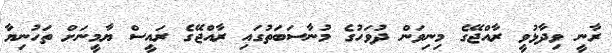
ރާނީ ވިދާޅުވީ ރާއްޖޭގެ މިނިވަން ދުވަހުގެ މުނާސަބަތުގައި ރާއްޖޭގެ ރައީސް ޔާމީނަށް ތަހުނިޔާ